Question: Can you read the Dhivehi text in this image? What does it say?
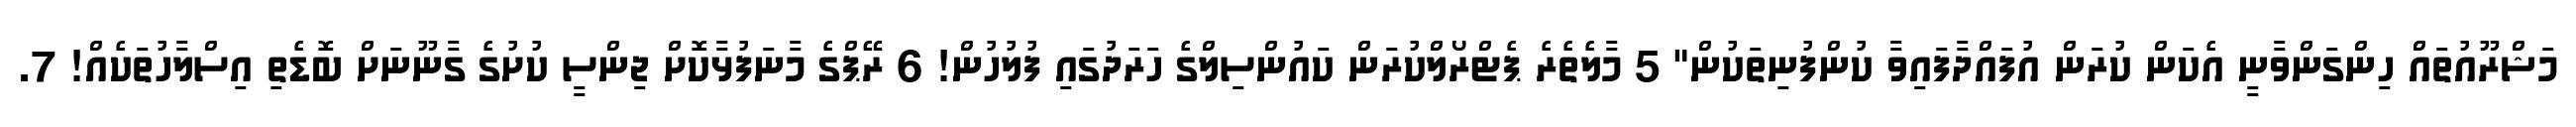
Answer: މަޝްރޫއުތައް ހިންގަންވާނީ އެކަން ކުރަން އުފައްދާފައިވާ ކުންފުނިތަކުން" 5 މާލެތެރެ ޕެޓްރޯލްކުރަން ކައުންސިލްގެ ހަރަދުގައި ފުލުހުން! 6 ރޭޕްގެ މާނަފުޅާކޮށް ޖިންސީ ކުށުގެ ގާނޫނަށް ބޮޑެތި އިސްލާހުތަކެއް! 7.